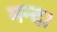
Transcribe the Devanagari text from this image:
मन्द।